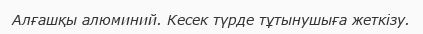
Алғашқы алюминий. Кесек түрде тұтынушыға жеткізу.